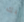
بك